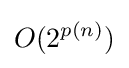
O(2^{p(n)})